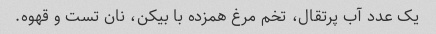
یک عدد آب پرتقال، تخم مرغ همزده با بیکن، نان تست و قهوه.